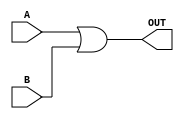
module A(A, B, OUT);
input A, B;
output OUT;

or #(2,3) (OUT, A, B);

endmodule